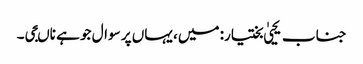
جناب یحییٰ بختیار: میں، یہاں پر سوال جو ہے ناںجی۔